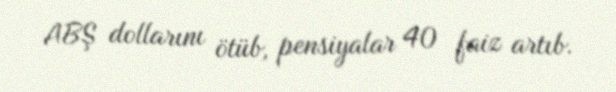
ABŞ dollarını ötüb, pensiyalar 40 faiz artıb.